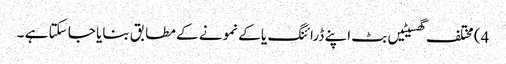
4) مختلف گھسیٹیں بٹ اپنے ڈرائنگ یا کے نمونے کے مطابق بنایا جا سکتا ہے ۔